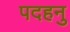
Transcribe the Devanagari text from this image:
पदहनु